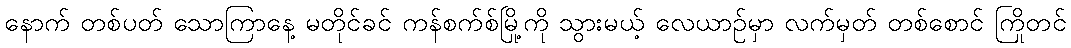
နောက် တစ်ပတ် သောကြာနေ့ မတိုင်ခင် ကန်စက်စ်မြို့ကို သွားမယ့် လေယာဉ်မှာ လက်မှတ် တစ်စောင် ကြိုတင်